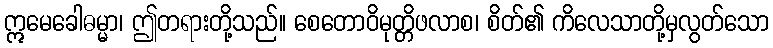
ဣမေခေါဓမ္မာ၊ ဤတရားတို့သည်။ စေတောဝိမုတ္တိဖလာစ၊ စိတ်၏ ကိလေသာတို့မှလွတ်သော